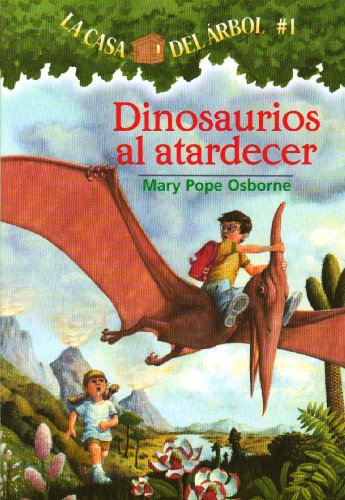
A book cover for Dinosaurios al atardecer (Casa del arbol) (Spanish Edition); Mary Pope Osborne; Children's Books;